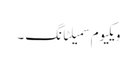
ویکیوم سمیلٹانگ ۔